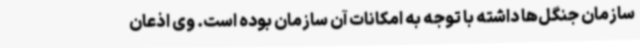
سازمان جنگل‌ها داشته با توجه به امکانات آن سازمان بوده است. وی اذعان